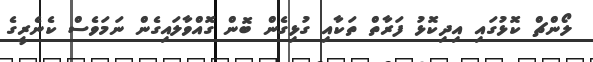
ލޯންޗް ކޮޅުގައި އިދިކޮޅު ފަރާތް ތަކާއި ގުޅިގެން ބޮން ގޮއްވާލައިގެން ނަމަވެސް ކެނެރީގެ